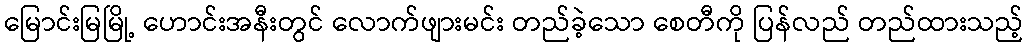
မြောင်းမြမြို့ ဟောင်းအနီးတွင် လောက်ဖျားမင်း တည်ခဲ့သော စေတီကို ပြန်လည် တည်ထားသည့်